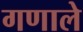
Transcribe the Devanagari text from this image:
गणाले